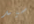
سيد